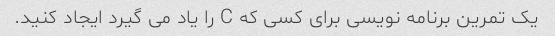
یک تمرین برنامه نویسی برای کسی که C را یاد می گیرد ایجاد کنید.